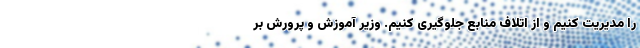
را مدیریت کنیم و از اتلاف منابع جلوگیری کنیم. وزیر آموزش و پرورش بر